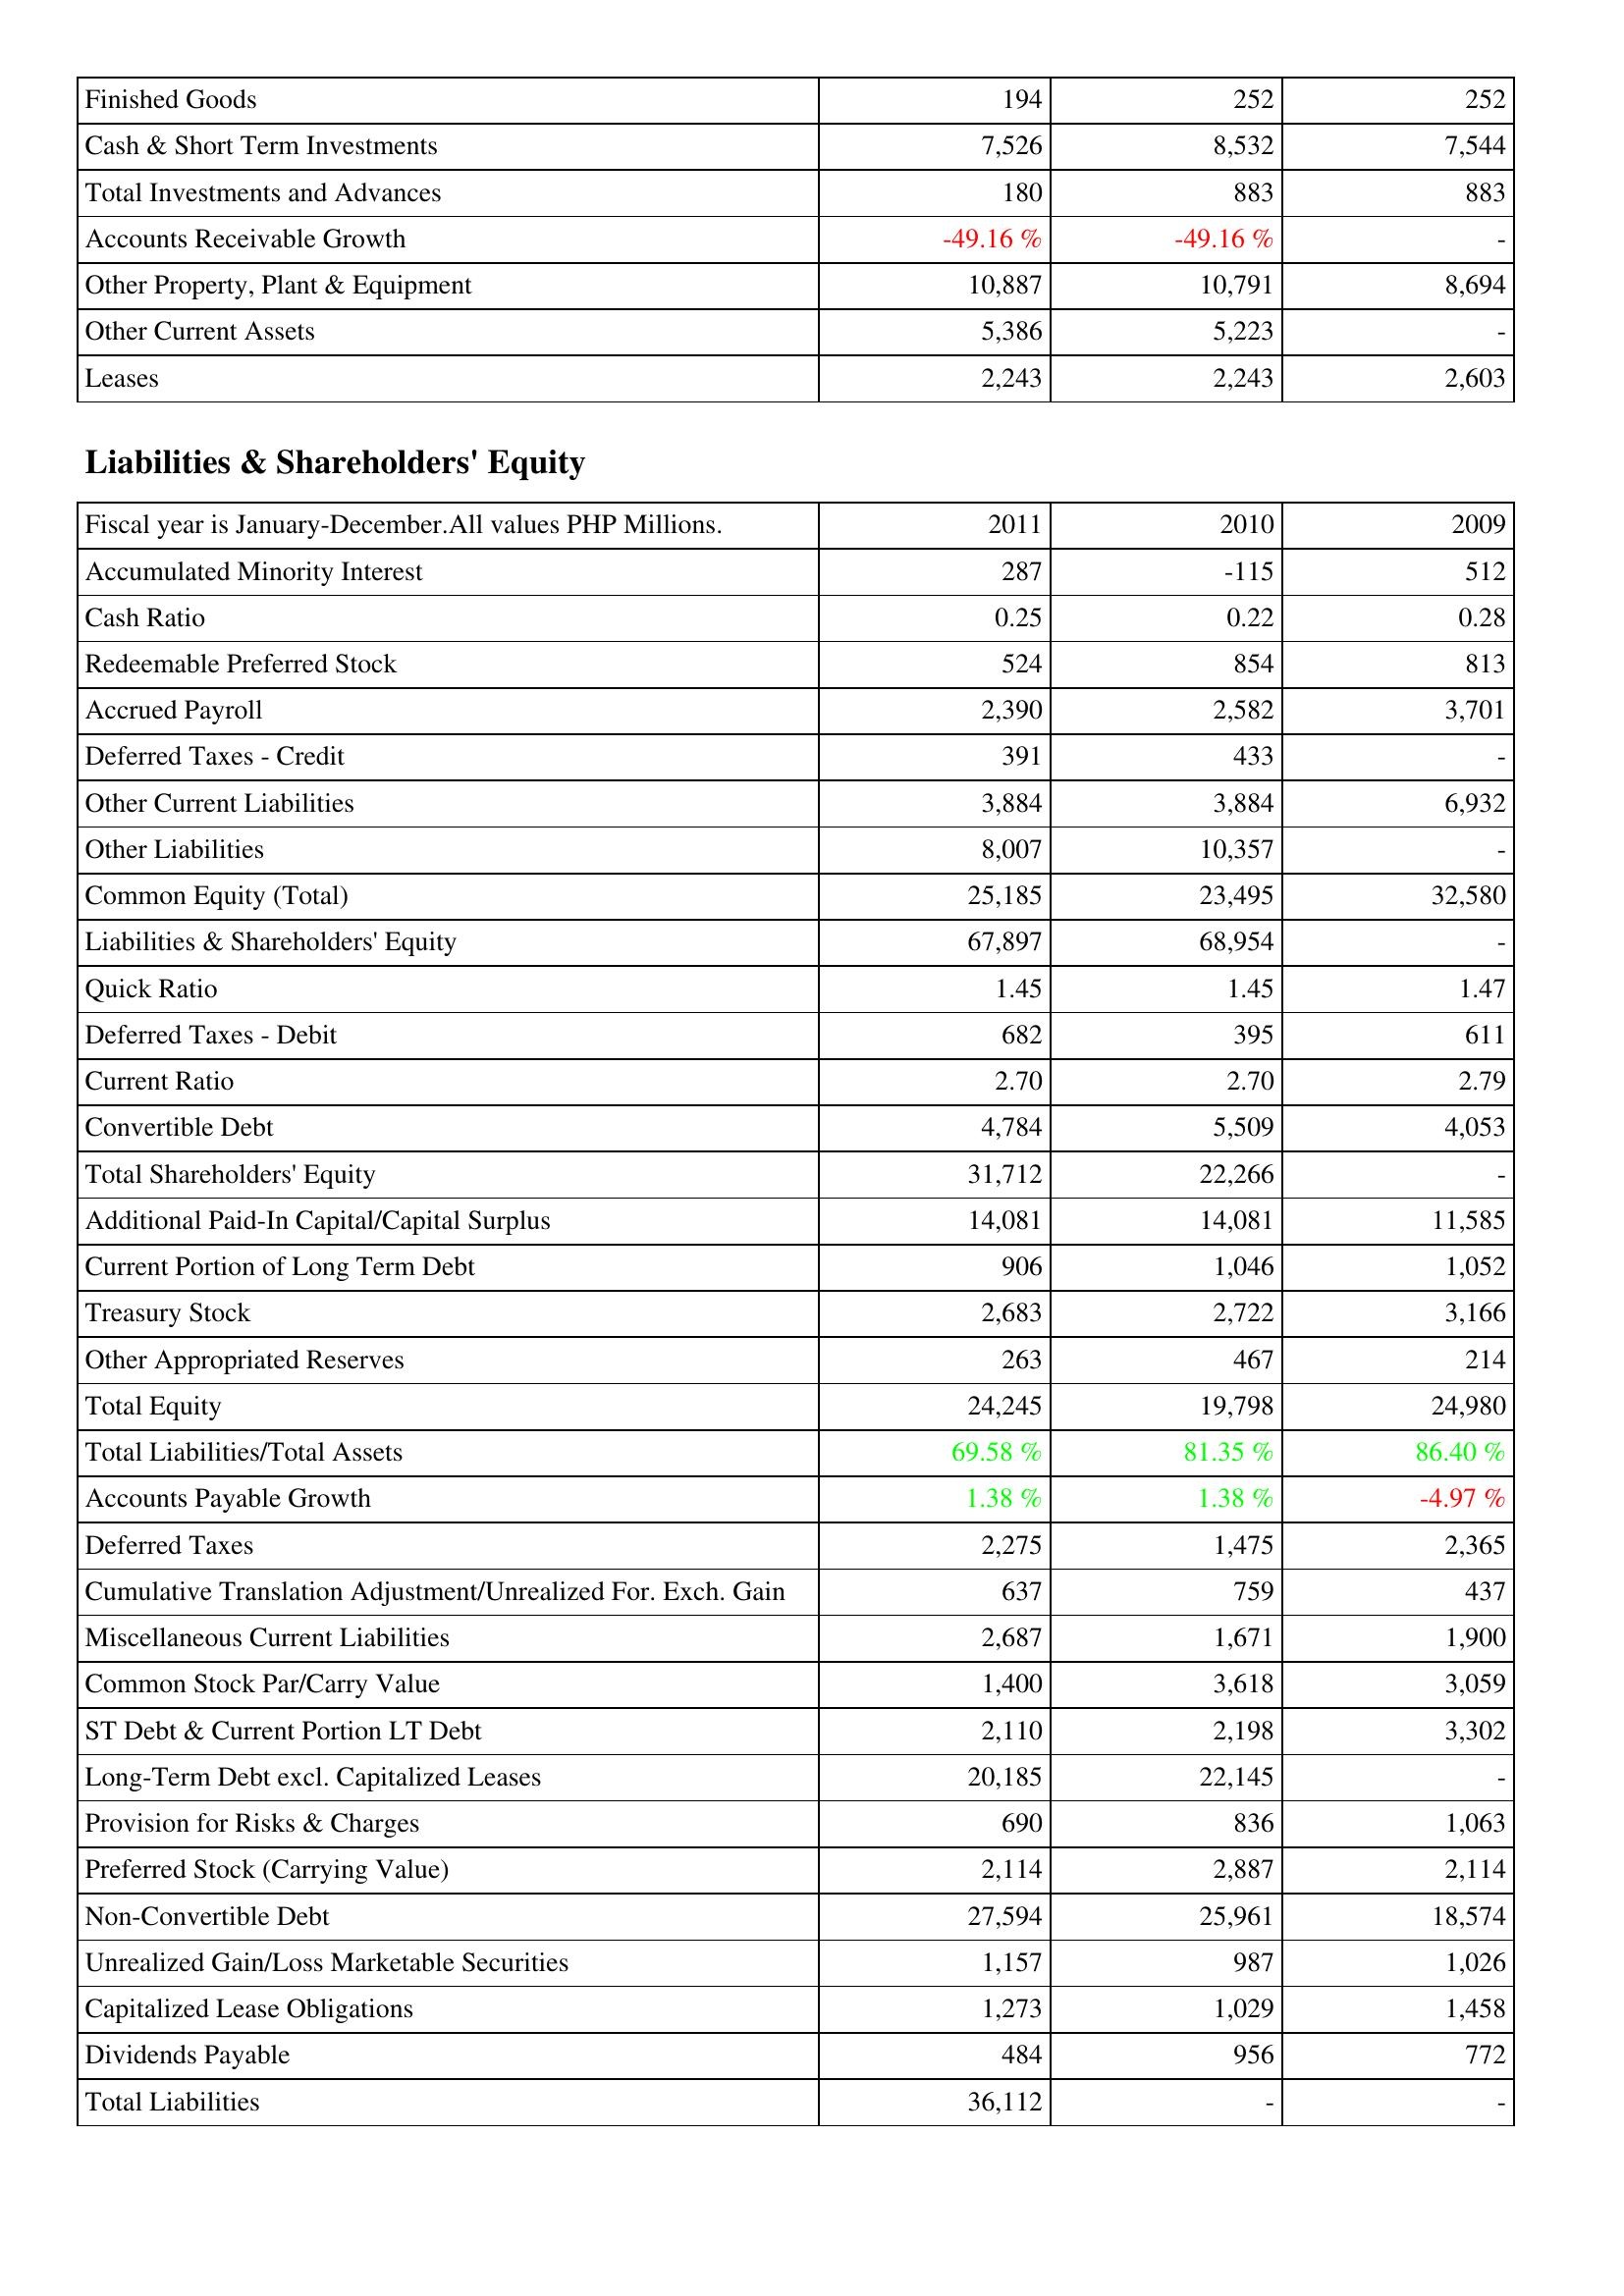
2011: Assets: Finished Goods: 194
Cash & Short Term Investments: 7,526
Total Investments and Advances: 180
Accounts Receivable Growth: -49.16 %
Other Property, Plant & Equipment: 10,887
Other Current Assets: 5,386
Leases: 2,243
Liabilities & Shareholders' Equity: Accumulated Minority Interest: 287
Cash Ratio: 0.25
Redeemable Preferred Stock: 524
Accrued Payroll: 2,390
Deferred Taxes - Credit: 391
Other Current Liabilities: 3,884
Other Liabilities: 8,007
Common Equity (Total): 25,185
Liabilities & Shareholders' Equity: 67,897
Quick Ratio: 1.45
Deferred Taxes - Debit: 682
Current Ratio: 2.70
Convertible Debt: 4,784
Total Shareholders' Equity: 31,712
Additional Paid-In Capital/Capital Surplus: 14,081
Current Portion of Long Term Debt: 906
Treasury Stock: 2,683
Other Appropriated Reserves: 263
Total Equity: 24,245
Total Liabilities/Total Assets: 69.58 %
Accounts Payable Growth: 1.38 %
Deferred Taxes: 2,275
Cumulative Translation Adjustment/Unrealized For. Exch. Gain: 637
Miscellaneous Current Liabilities: 2,687
Common Stock Par/Carry Value: 1,400
ST Debt & Current Portion LT Debt: 2,110
Long-Term Debt excl. Capitalized Leases: 20,185
Provision for Risks & Charges: 690
Preferred Stock (Carrying Value): 2,114
Non-Convertible Debt: 27,594
Unrealized Gain/Loss Marketable Securities: 1,157
Capitalized Lease Obligations: 1,273
Dividends Payable: 484
Total Liabilities: 36,112
2010: Assets: Finished Goods: 252
Cash & Short Term Investments: 8,532
Total Investments and Advances: 883
Accounts Receivable Growth: -49.16 %
Other Property, Plant & Equipment: 10,791
Other Current Assets: 5,223
Leases: 2,243
Liabilities & Shareholders' Equity: Accumulated Minority Interest: -115
Cash Ratio: 0.22
Redeemable Preferred Stock: 854
Accrued Payroll: 2,582
Deferred Taxes - Credit: 433
Other Current Liabilities: 3,884
Other Liabilities: 10,357
Common Equity (Total): 23,495
Liabilities & Shareholders' Equity: 68,954
Quick Ratio: 1.45
Deferred Taxes - Debit: 395
Current Ratio: 2.70
Convertible Debt: 5,509
Total Shareholders' Equity: 22,266
Additional Paid-In Capital/Capital Surplus: 14,081
Current Portion of Long Term Debt: 1,046
Treasury Stock: 2,722
Other Appropriated Reserves: 467
Total Equity: 19,798
Total Liabilities/Total Assets: 81.35 %
Accounts Payable Growth: 1.38 %
Deferred Taxes: 1,475
Cumulative Translation Adjustment/Unrealized For. Exch. Gain: 759
Miscellaneous Current Liabilities: 1,671
Common Stock Par/Carry Value: 3,618
ST Debt & Current Portion LT Debt: 2,198
Long-Term Debt excl. Capitalized Leases: 22,145
Provision for Risks & Charges: 836
Preferred Stock (Carrying Value): 2,887
Non-Convertible Debt: 25,961
Unrealized Gain/Loss Marketable Securities: 987
Capitalized Lease Obligations: 1,029
Dividends Payable: 956
Total Liabilities: -
2009: Assets: Finished Goods: 252
Cash & Short Term Investments: 7,544
Total Investments and Advances: 883
Accounts Receivable Growth: -
Other Property, Plant & Equipment: 8,694
Other Current Assets: -
Leases: 2,603
Liabilities & Shareholders' Equity: Accumulated Minority Interest: 512
Cash Ratio: 0.28
Redeemable Preferred Stock: 813
Accrued Payroll: 3,701
Deferred Taxes - Credit: -
Other Current Liabilities: 6,932
Other Liabilities: -
Common Equity (Total): 32,580
Liabilities & Shareholders' Equity: -
Quick Ratio: 1.47
Deferred Taxes - Debit: 611
Current Ratio: 2.79
Convertible Debt: 4,053
Total Shareholders' Equity: -
Additional Paid-In Capital/Capital Surplus: 11,585
Current Portion of Long Term Debt: 1,052
Treasury Stock: 3,166
Other Appropriated Reserves: 214
Total Equity: 24,980
Total Liabilities/Total Assets: 86.40 %
Accounts Payable Growth: -4.97 %
Deferred Taxes: 2,365
Cumulative Translation Adjustment/Unrealized For. Exch. Gain: 437
Miscellaneous Current Liabilities: 1,900
Common Stock Par/Carry Value: 3,059
ST Debt & Current Portion LT Debt: 3,302
Long-Term Debt excl. Capitalized Leases: -
Provision for Risks & Charges: 1,063
Preferred Stock (Carrying Value): 2,114
Non-Convertible Debt: 18,574
Unrealized Gain/Loss Marketable Securities: 1,026
Capitalized Lease Obligations: 1,458
Dividends Payable: 772
Total Liabilities: -